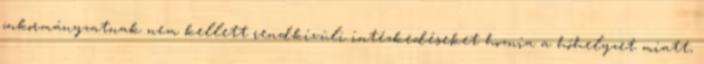
önkormányzatnak nem kellett rendkívüli intézkedéseket hoznia a hóhelyzet miatt,